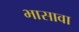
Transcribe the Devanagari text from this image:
भासावा